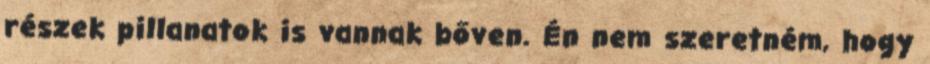
részek pillanatok is vannak bőven. Én nem szeretném, hogy